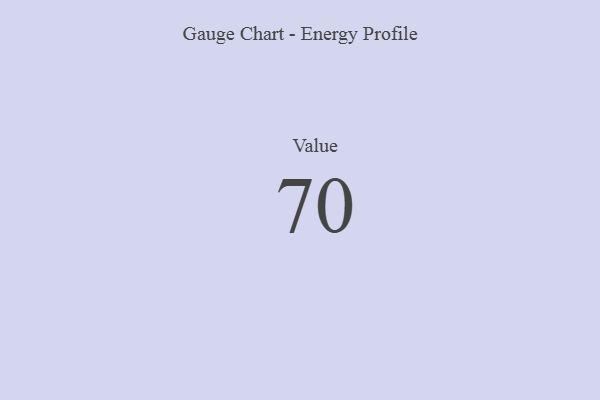
{"axis": {"x": "Metric", "y": "Value"}, "legend": [""], "data": [{"x": "Value", "y": 70, "type": ""}]}